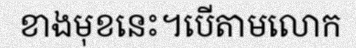
ខាងមុខនេះ។បើតាមលោក